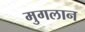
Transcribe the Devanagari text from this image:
मुगलान